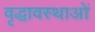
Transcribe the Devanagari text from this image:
वृद्धावस्थाओं